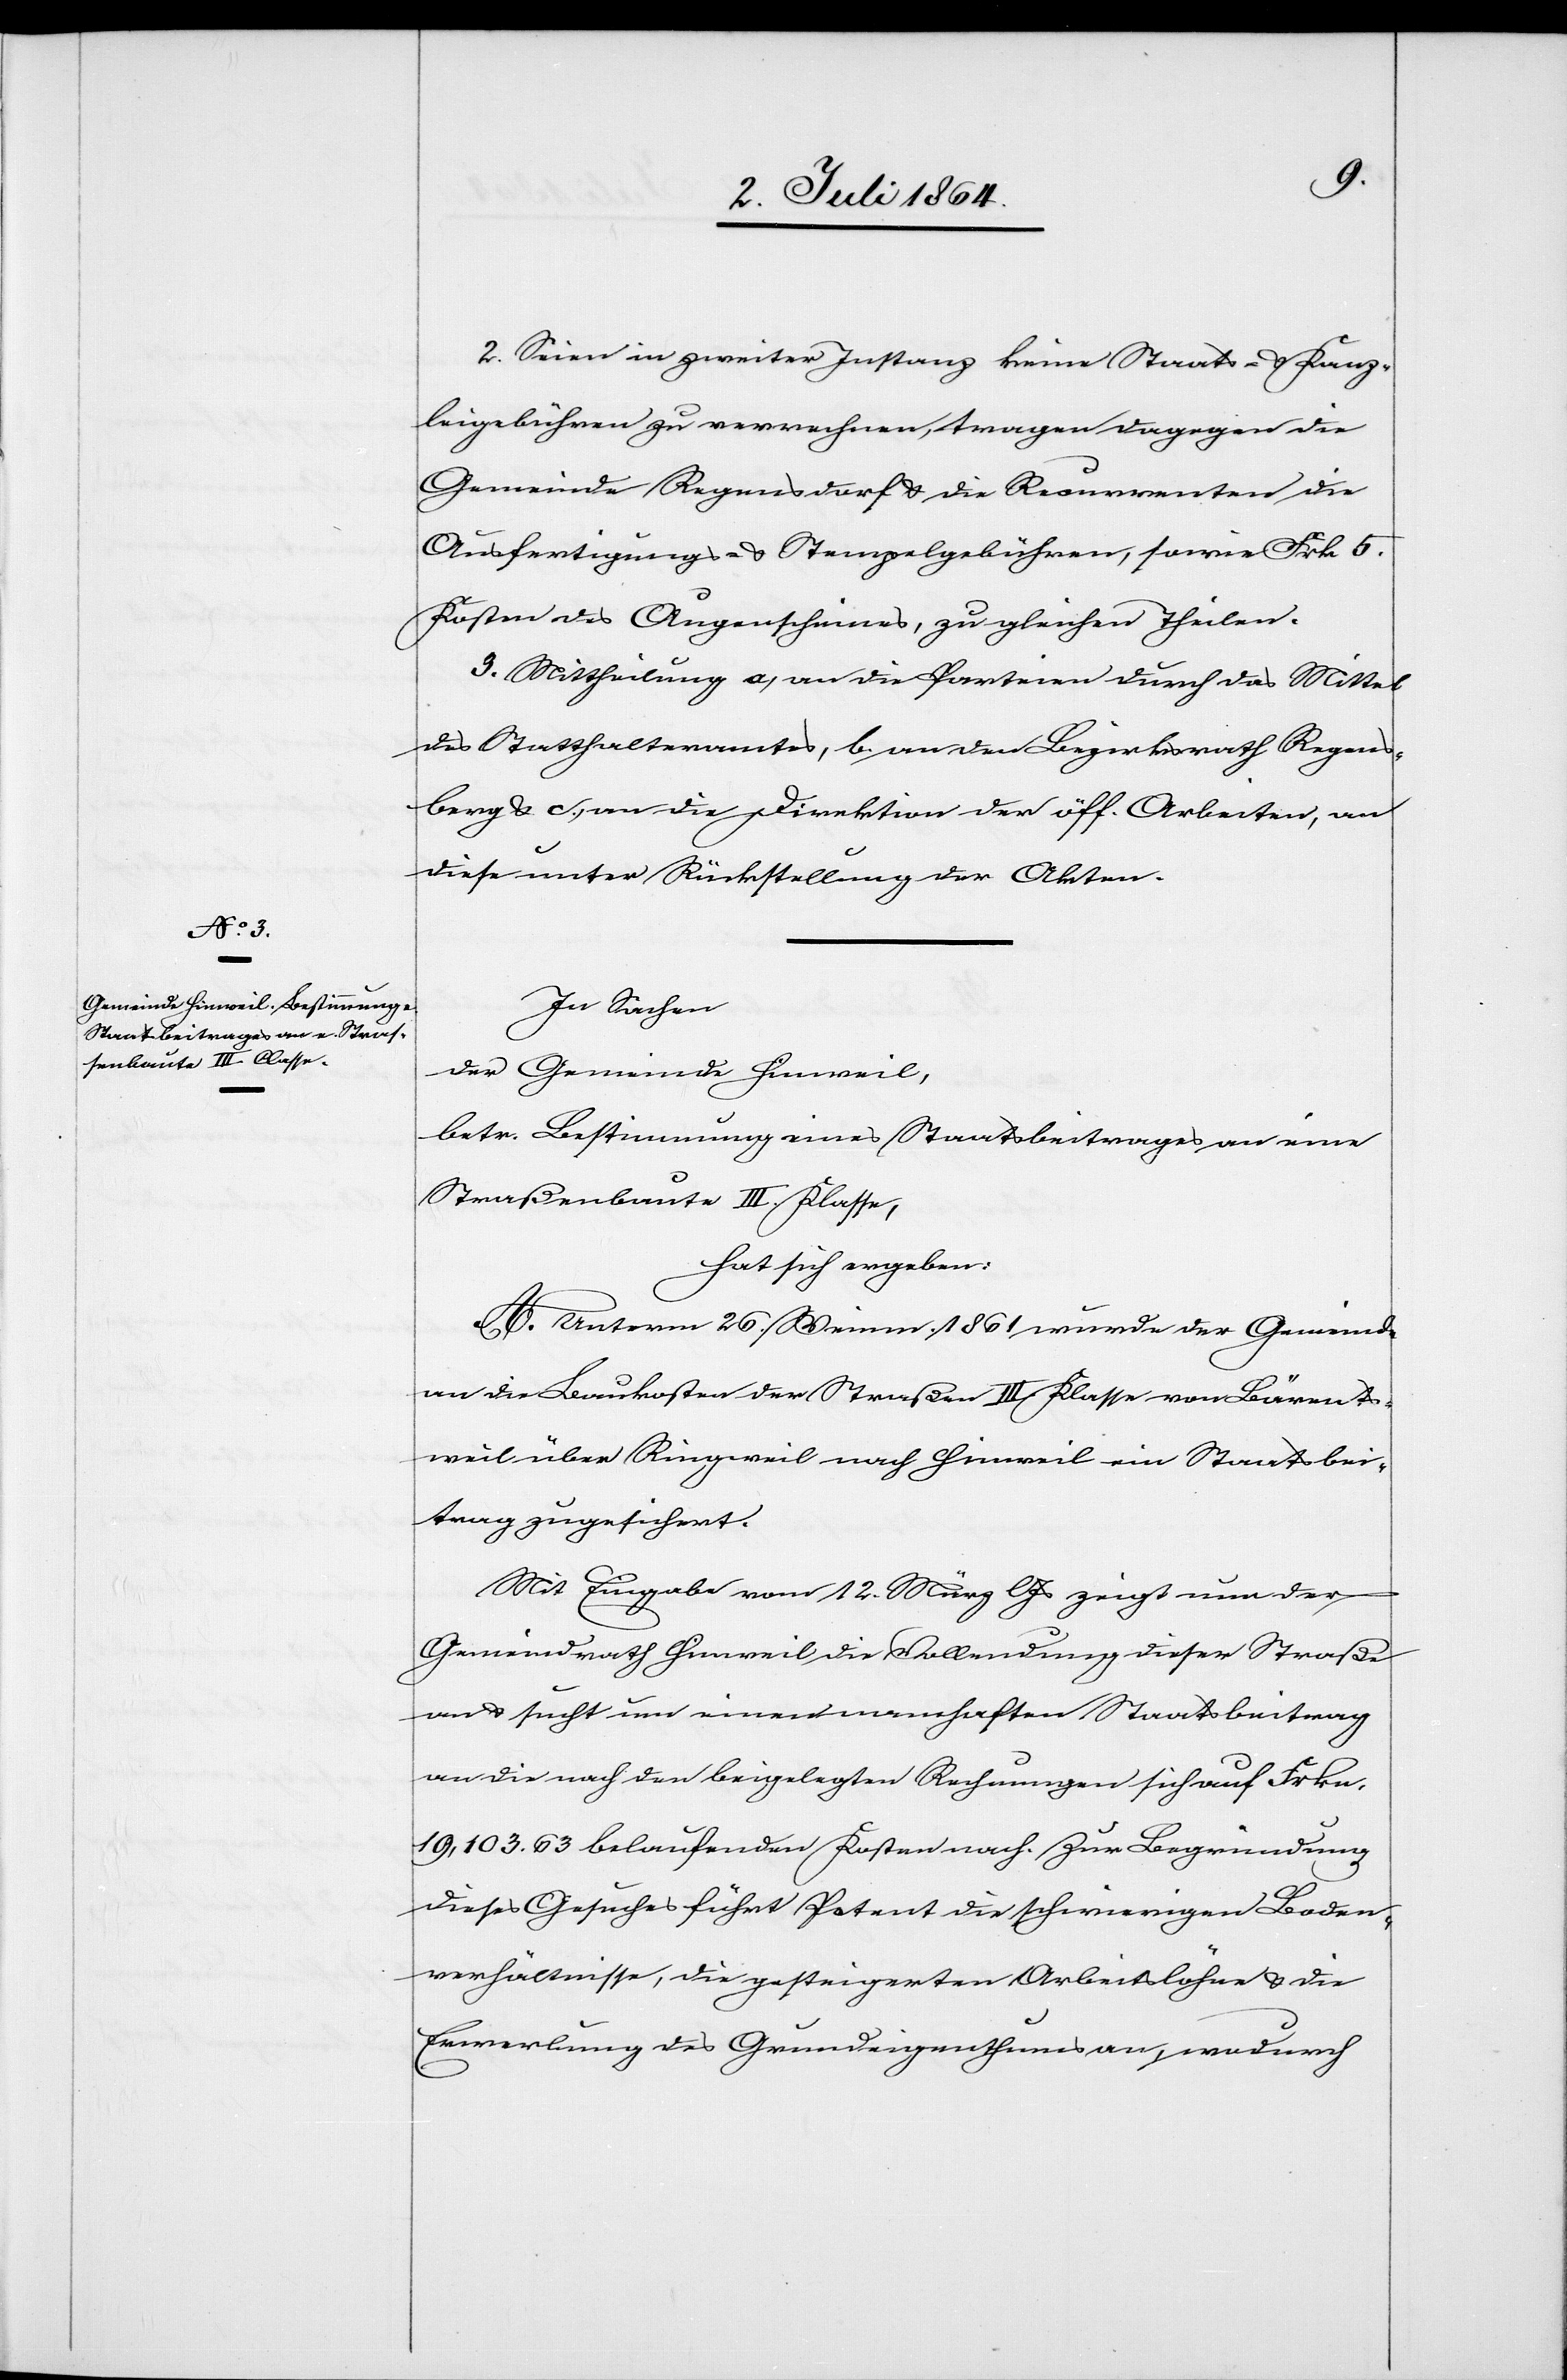
2. Seien in zweiter Instanz keine Staats- u. Kanz¬
leigebühren zu verrechnen, tragen dagegen die
Gemeinde Regensdorf u. die Recurrenten die
Ausfertigungs- u. Stempelgebühren, sowie Frk. 5.
Kosten des Augenscheines, zu gleichen Theilen.
3. Mittheilung a) an die Parteien durch das Mittel
des Statthalteramtes, b) an den Bezirksrath Regens¬
berg u. c) an die Direktion der öff. Arbeiten, an
diese unter Rückstellung der Akten.